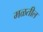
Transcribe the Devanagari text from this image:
मळतील